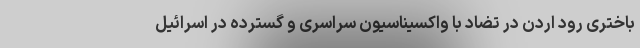
باختری رود اردن در تضاد با واکسیناسیون سراسری و گسترده در اسرائیل